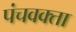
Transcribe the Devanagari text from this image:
पंचवक्ता